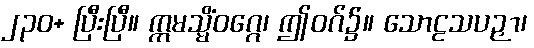
၂၃၀+ ပြီးပြီ။ ဣမသ္မိံဝဂ္ဂေ၊ ဤဝဂ်၌။ သောဠသပဉှာ၊